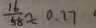
\frac { 1 6 } { 5 8 } \approx 0 . 2 7